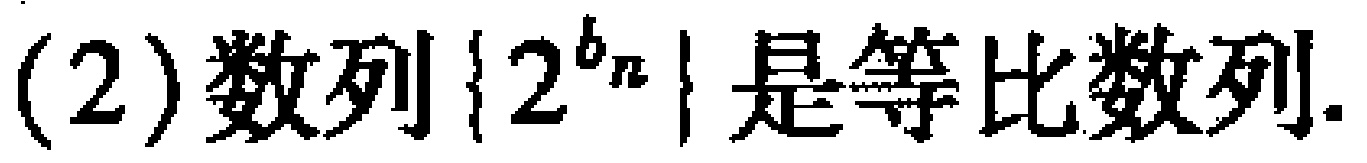
(2)数列\(\{2^{b_{n}}\}\)是等比数列.